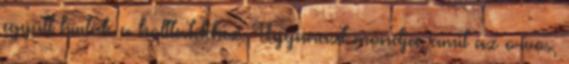
együtt hívták a holttestekhez. Ugyanazt mondja, amit az orvos,